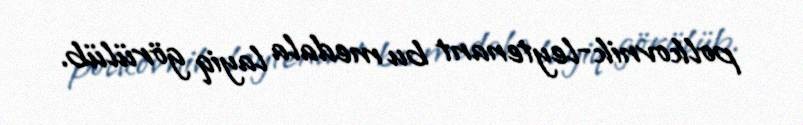
polkovnik-leytenant bu medala layiq görülüb.